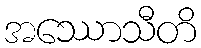
အဿောသီတိ